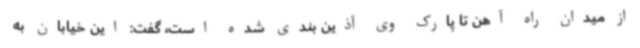
از میدان راه آهن تا پارک وی آذین بندی شده است، گفت: این خیابان به